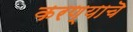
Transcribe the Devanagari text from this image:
करण्याचॆ